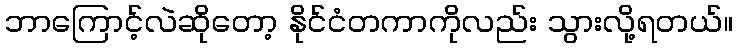
ဘာကြောင့်လဲဆိုတော့ နိုင်ငံတကာကိုလည်း သွားလို့ရတယ်။